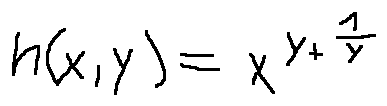
h ( x , y ) = x ^ { y + \frac { 1 } { y } }